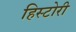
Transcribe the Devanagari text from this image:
हिस्टोरी